Scottish Leaving Certificate Examination, 1959
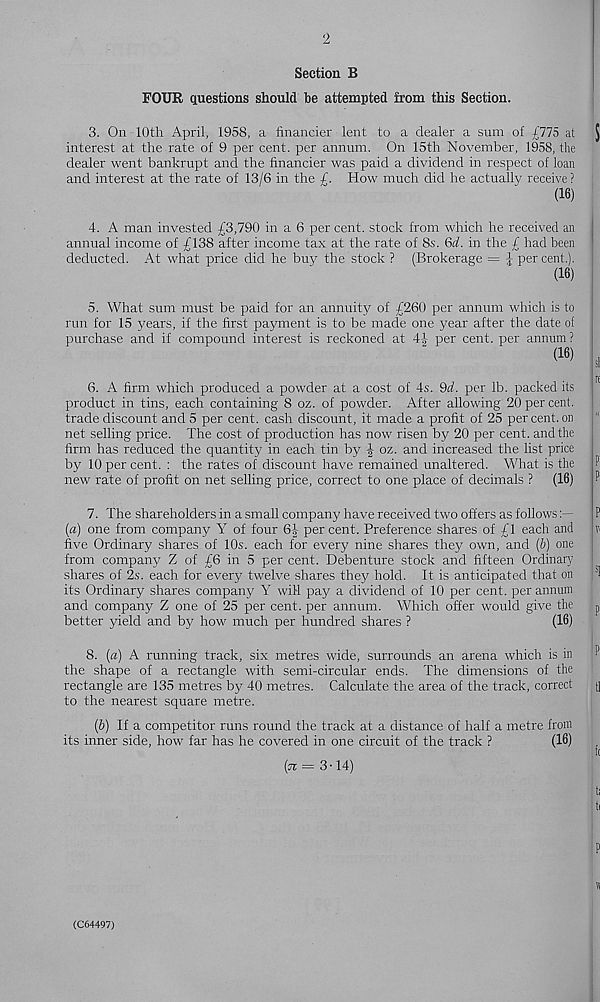
Section B
FOUR questions should be attempted from this Section.
3. On 10th April, 1958, a financier lent to a dealer a sum of £775 at
interest at the rate of 9 per cent, per annum. On 15th November, 1958, the
dealer went bankrupt and the financier was paid a dividend in respect of loan
and interest at the rate of 13/6 in the f. How much did he actually receive ?
(16)
4. A man invested £3,790 in a 6 per cent, stock from which he received an
annual income of £138 after income tax at the rate of 8s'. 6d. in the £ had been
deducted. At what price did he buy the stock ? (Brokerage = J per cent.).
(16)
5. What sum must be paid for an annuity of £260 per annum which is to
run for 15 years, if the first payment is to be made one year after the date of
purchase and if compound interest is reckoned at 4|- per cent, per annum?
(16)
6. A firm which produced a powder at a cost of 4s. 9d. per lb. packed its
product in tins, each containing 8 oz. of powder. After allowing 20 per cent,
trade discount and 5 per cent, cash discount, it made a profit of 25 per cent, on
net selling price. The cost of production has now risen by 20 per cent, and the
firm has reduced the quantity in each tin by | oz. and increased the list price
by 10 per cent. : the rates of discount have remained unaltered. What is the
new rate of profit on net selling price, correct to one place of decimals ? (16)
7. The shareholders in a small company have received two offers as follows
(a) one from company Y of four 6| percent. Preference shares of £1 each and
five Ordinary shares of 10s. each for every nine shares they own, and (b) one
from company Z of £6 in 5 per cent. Debenture stock and fifteen Ordinary
shares of 2s. each for every twelve shares they hold. It is anticipated that on
its Ordinary shares company Y will pay a dividend of 10 per cent, per annum
and company Z one of 25 per cent, per annum. Which offer would give the
better yield and by how much per hundred shares ?
(16)
8. (a) A running track, six metres wide, surrounds an arena which is In
the shape of a rectangle with semi-circular ends. The dimensions of the
rectangle are 135 metres by 40 metres. Calculate the area of the track, correct
to the nearest square metre.
(b) If a competitor runs round the track at a distance of half a metre from
its inner side, how far has he covered in one circuit of the track ?
(16)
(n = 3-14)
(C64497)